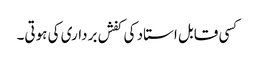
کسی قابل استاد کی کفش برداری کی ہوتی۔